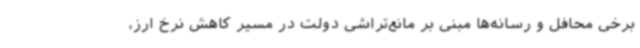
برخی محافل و رسانه‌ها مبنی بر مانع‌تراشی دولت در مسیر کاهش نرخ ارز،